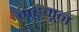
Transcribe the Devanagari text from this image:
महमून